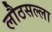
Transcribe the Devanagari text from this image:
लौठसल्ला